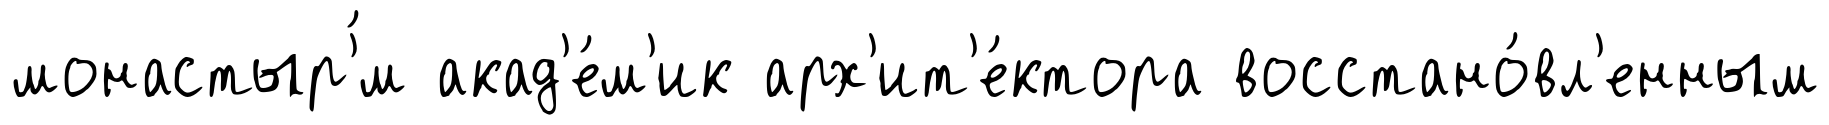
монастыр'́м акад'е́м'ик арх'ит'е́ктора восстано́вл'енным